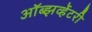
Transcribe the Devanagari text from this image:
ऑब्झर्व्हेटरी